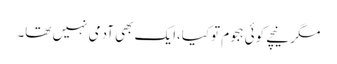
مگر نیچے کوئی ہجوم توکیا،ایک بھی آدمی نہیں تھا۔